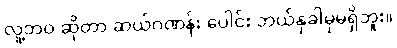
လူ့ဘဝ ဆိုတာ ဆယ်ဂဏန်း ပေါင်း ဘယ်နှခါမှမရှိဘူး။